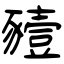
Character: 豷